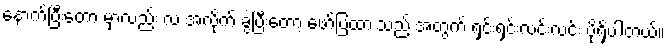
နောက်ပြီးတော့ မှာလည်း လ အလိုက် ခွဲပြီးတော့ ဖော်ပြထားသည့် အတွက် ရှင်းရှင်းလင်းလင်း ပိုရှိပါတယ်။